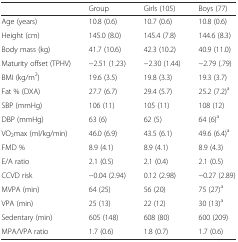
<table><thead><tr><td></td><td><b>Group</b></td><td><b>Girls (105)</b></td><td><b>Boys (77)</b></td></tr></thead><tbody><tr><td>Age (years)</td><td>10.8 (0.6)</td><td>10.7 (0.6)</td><td>10.8 (0.6)</td></tr><tr><td>Height (cm)</td><td>145.0 (8.0)</td><td>145.4 (7.8)</td><td>144.6 (8.3)</td></tr><tr><td>Body mass (kg)</td><td>41.7 (10.6)</td><td>42.3 (10.2)</td><td>40.9 (11.0)</td></tr><tr><td>Maturity offset (TPHV)</td><td>−2.51 (1.23)</td><td>−2.30 (1.44)</td><td>−2.79 (.79)</td></tr><tr><td>BMI (kg/m<sup>2</sup>)</td><td>19.6 (3.5)</td><td>19.8 (3.3)</td><td>19.3 (3.7)</td></tr><tr><td>Fat % (DXA)</td><td>27.7 (6.7)</td><td>29.4 (5.7)</td><td>25.2 (7.2)<sup>a</sup></td></tr><tr><td>SBP (mmHg)</td><td>106 (11)</td><td>105 (11)</td><td>108 (12)</td></tr><tr><td>DBP (mmHg)</td><td>63 (6)</td><td>62 (5)</td><td>64 (6)<sup>a</sup></td></tr><tr><td>VO<sub>2</sub>max (ml/kg/min)</td><td>46.0 (6.9)</td><td>43.5 (6.1)</td><td>49.6 (6.4)<sup>a</sup></td></tr><tr><td>FMD %</td><td>8.9 (4.1)</td><td>8.9 (4.1)</td><td>8.9 (4.3)</td></tr><tr><td>E/A ratio</td><td>2.1 (0.5)</td><td>2.1 (0.4)</td><td>2.1 (0.5)</td></tr><tr><td>CCVD risk</td><td>−0.04 (2.94)</td><td>0.12 (2.98)</td><td>−0.27 (2.89)</td></tr><tr><td>MVPA (min)</td><td>64 (25)</td><td>56 (20)</td><td>75 (27)<sup>a</sup></td></tr><tr><td>VPA (min)</td><td>25 (13)</td><td>22 (12)</td><td>30 (13)<sup>a</sup></td></tr><tr><td>Sedentary (min)</td><td>605 (148)</td><td>608 (80)</td><td>600 (209)</td></tr><tr><td>MPA/VPA ratio</td><td>1.7 (0.6)</td><td>1.8 (0.7)</td><td>1.7 (0.6)</td></tr></tbody></table>